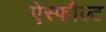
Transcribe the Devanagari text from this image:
ऐस्फौल्ट